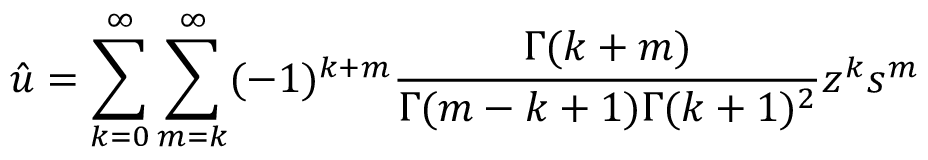
{ \hat { u } } = \sum _ { k = 0 } ^ { \infty } \sum _ { m = k } ^ { \infty } ( - 1 ) ^ { k + m } \frac { \Gamma ( k + m ) } { \Gamma ( m - k + 1 ) \Gamma ( k + 1 ) ^ { 2 } } z ^ { k } s ^ { m }